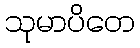
သုမာပိတေ